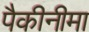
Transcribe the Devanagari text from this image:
पैकीनीमा